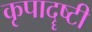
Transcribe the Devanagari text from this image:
कृपादॄष्टी